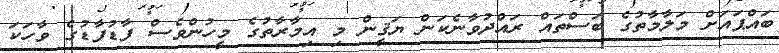
ބައްޕައަށް މަލާމާތުގެ ބަސްތައް ރައްދުވާނެކަން ޔަޤީން މި އިމާރާތުގެ މީހުންވެސް ފާޑުފާޑުގެ ވާހަކަ